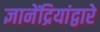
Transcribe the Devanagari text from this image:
ज्ञानेंद्रियांद्वारे